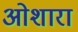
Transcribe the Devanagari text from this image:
ओशारा